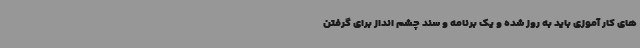
های کار آموزی باید به روز شده و یک برنامه و سند چشم انداز برای گرفتن